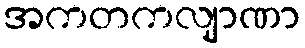
အကတကလျာဏာ